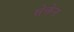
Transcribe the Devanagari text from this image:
सेक्तेन